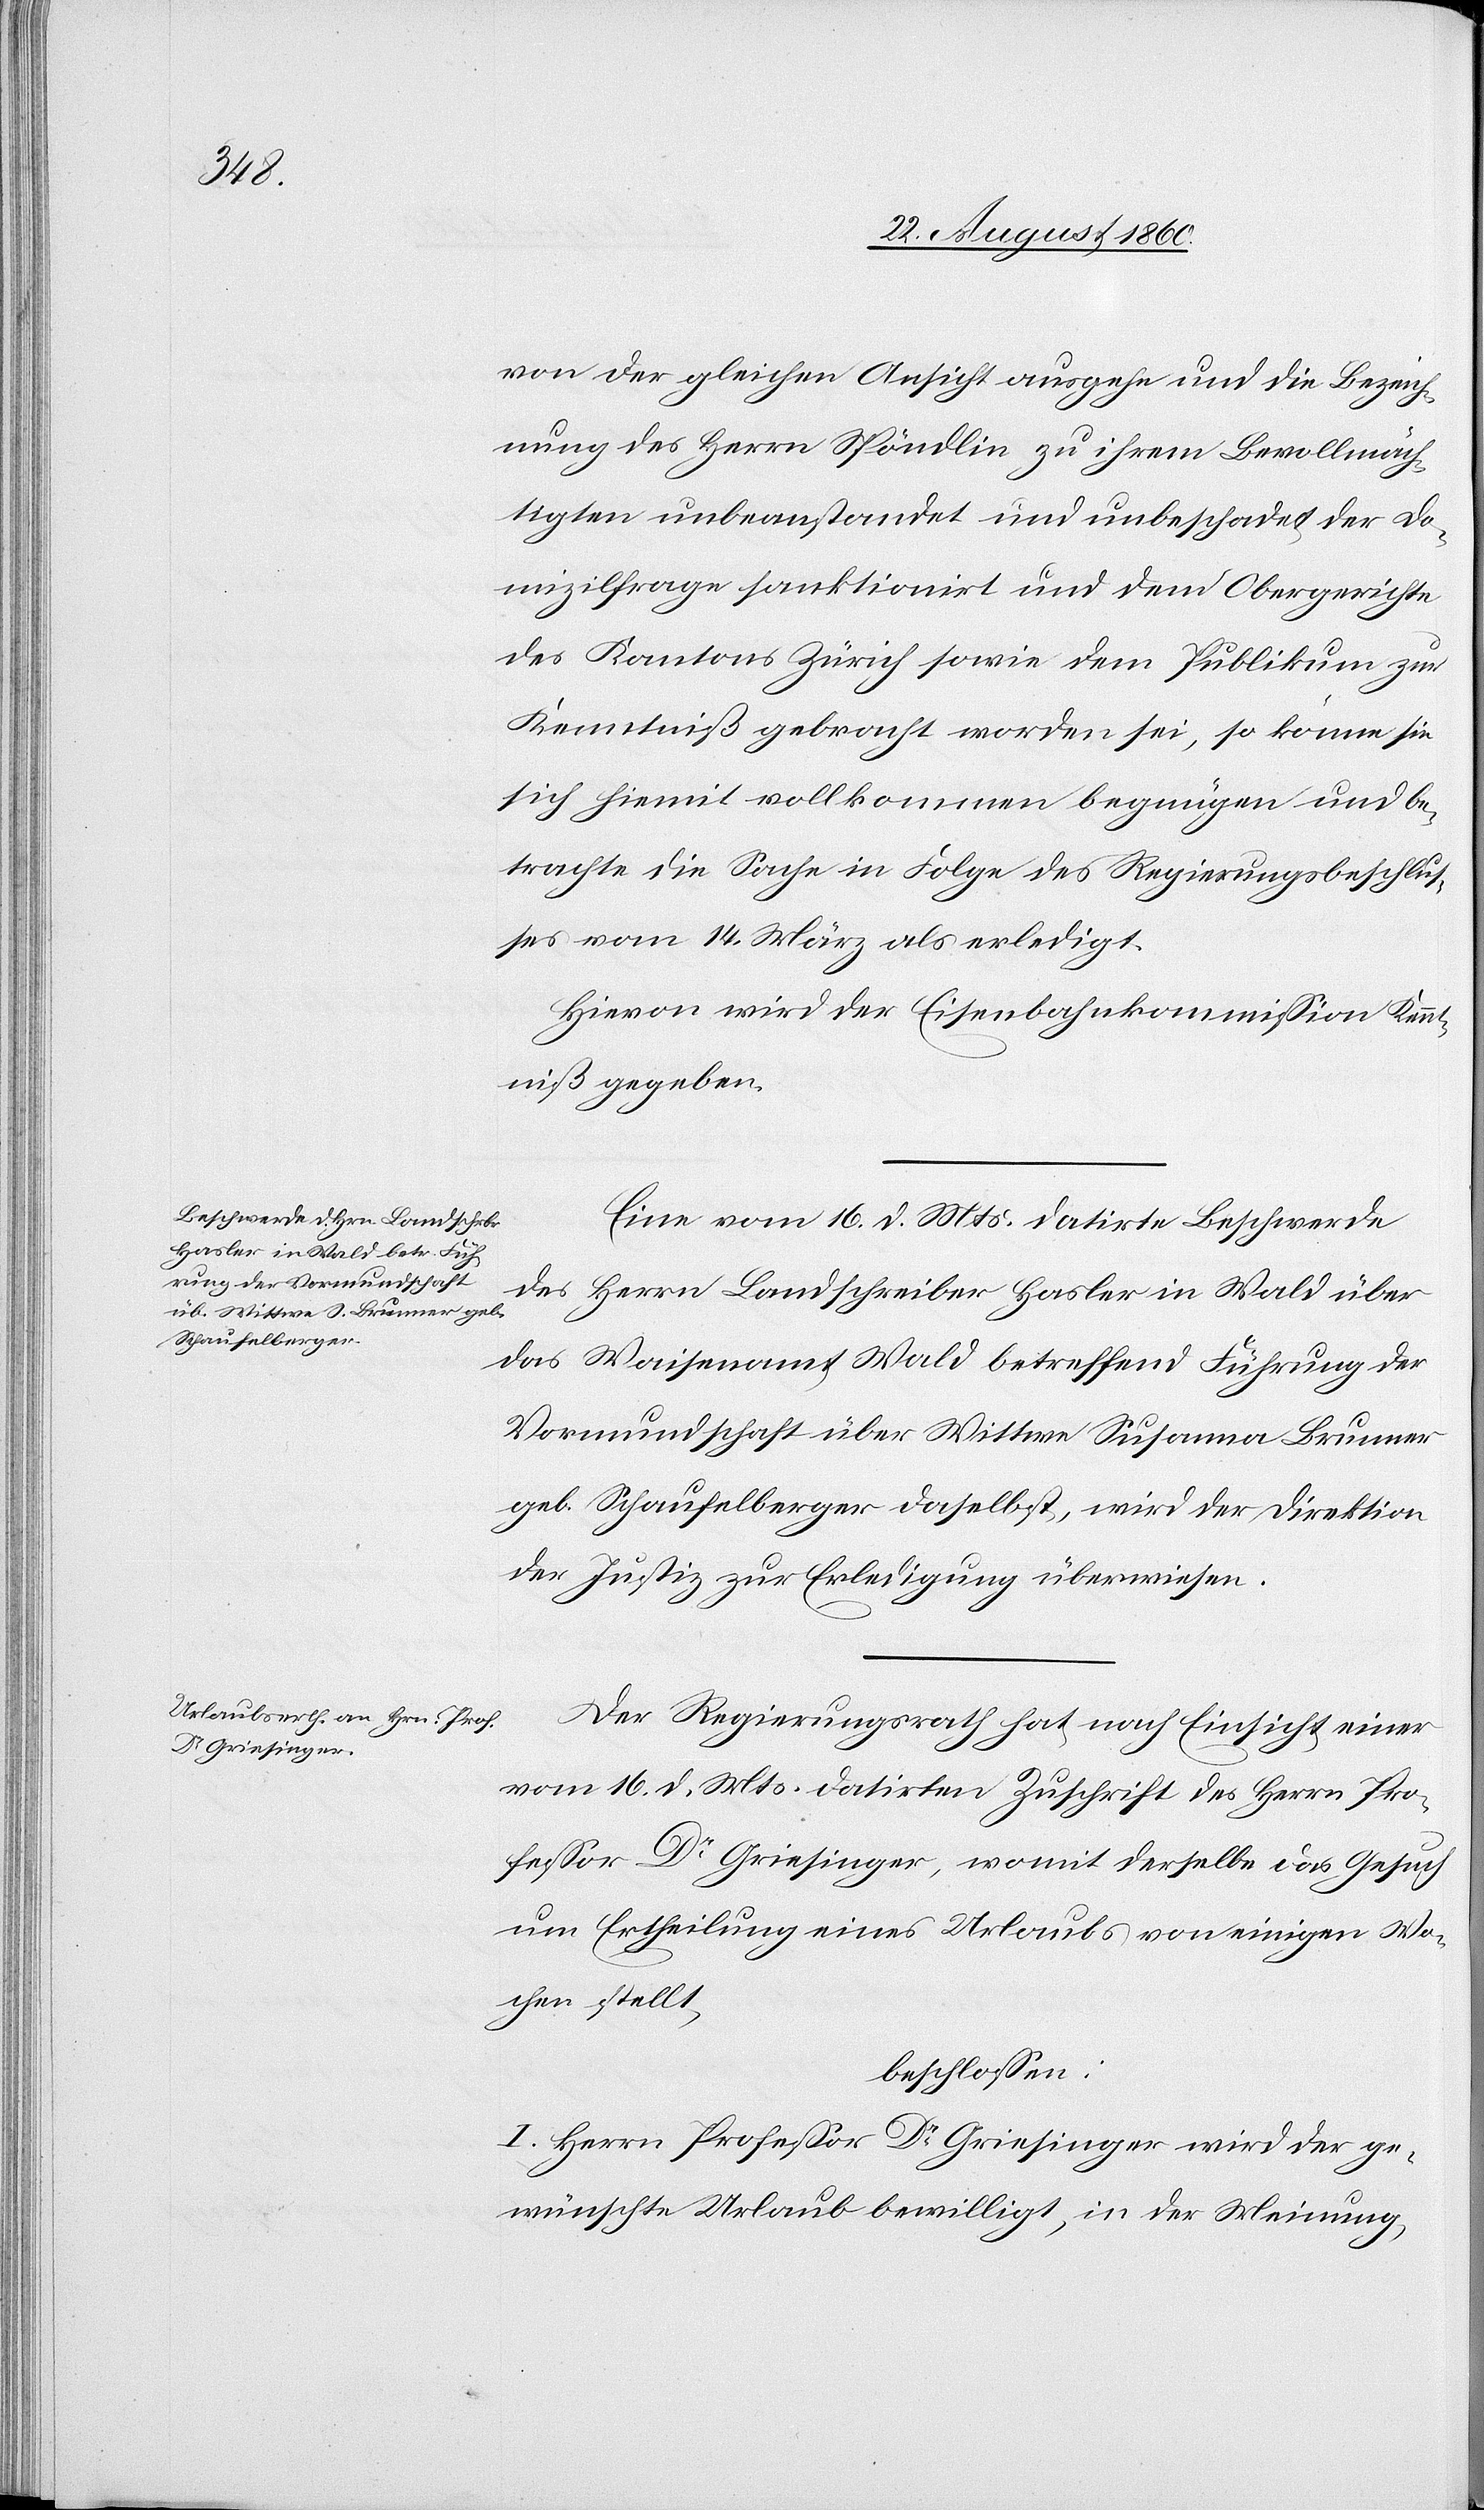
von der gleichen Ansicht ausgehe und die Bezeich¬
nung des Hrn. Spöndlin zu ihrem Bevollmäch¬
tigten unbeanstandet und unbeschadet der Do¬
mizilfrage sanktionirt und dem Obergerichte
des Kantons Zürich sowie dem Publikum zur
Kenntniss gebracht worden sei, so könne sie
sich hiemit vollkommen begnügen und be¬
trachte die Sache in Folge des Regierungsbeschlus¬
ses vom 14. März als erledigt.
Hievon wird der Eisenbahnkommission Kennt¬
niss gegeben.
Eine vom 16. d. Mts. datirte Beschwerde
des Herrn Landschreiber Hasler in Wald über
das Waisenamt Wald betreffend Führung der
Vormundschaft über Wittwe Susana Brunner
geb. Schaufelberger daselbst wird der Direktion
der Justiz zur Erledigung überwiesen.
Der Regierungsrath hat, nach Einsicht einer
vom 16. d. Mts. datirten Zuschrift des Herrn Pro¬
kurator Dr. Griesinger, womit derselbe das Gesuch
um Ertheilung eines Urlaubes von einigen Wo¬
chen stellt,
beschlossen:
I. Herrn Professor Dr. Griesinger wird der ge¬
wünschte Urlaub bewilligt, in der Meinung,